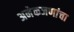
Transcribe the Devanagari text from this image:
अनेकजणांचा